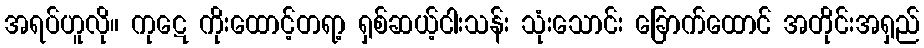
အရပ်ဟူလို။ ကုဋေ ကိုးထောင့်တရာ့ ရှစ်ဆယ့်ငါးသန်း သုံးသောင်း ခြောက်ထောင် အတိုင်းအရှည်